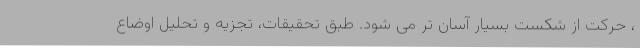
، حرکت از شکست بسیار آسان تر می شود. طبق تحقیقات، تجزیه و تحلیل اوضاع